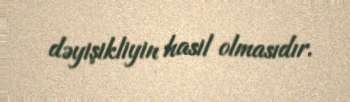
dəyişikliyin hasil olmasıdır.